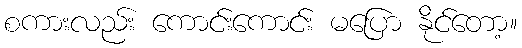
စကားလည်း ကောင်းကောင်း မပြော နိုင်တော့။